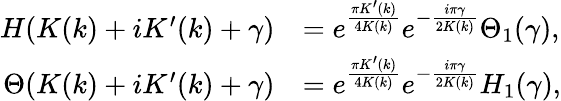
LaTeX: \begin{array}{rl}{H(K(k)+iK^{\prime}(k)+\gamma)}&{=e^{\frac{\pi K^{\prime}(k)}{4K(k)}}e^{-\frac{i\pi\gamma}{2K(k)}}\Theta_{1}(\gamma),}\\ {\Theta(K(k)+iK^{\prime}(k)+\gamma)}&{=e^{\frac{\pi K^{\prime}(k)}{4K(k)}}e^{-\frac{i\pi\gamma}{2K(k)}}H_{1}(\gamma),}\end{array}